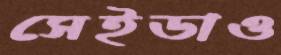
সেইডাও